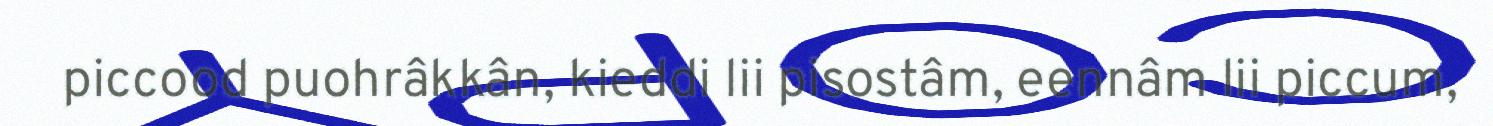
piccood puohrâkkân, kieddi lii pisostâm, eennâm lii piccum,